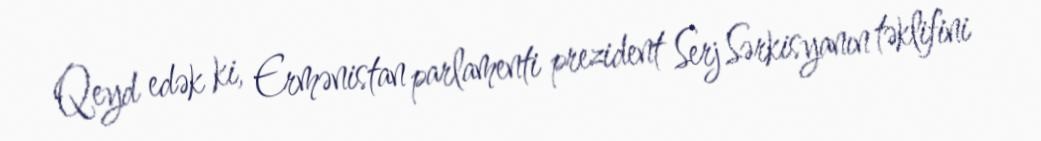
Qeyd edək ki, Ermənistan parlamenti prezident Serj Sərkisyanın təklifini